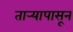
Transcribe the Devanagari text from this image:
तार्‍यापासून